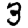
Digit: 3